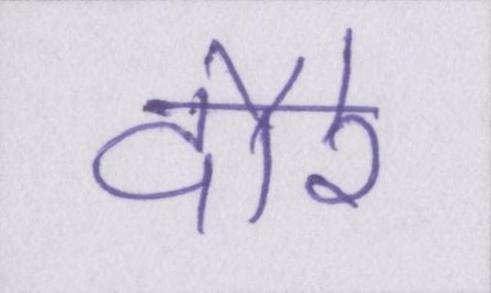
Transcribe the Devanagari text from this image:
दौरे